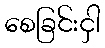
စေခြင်းငှါ